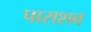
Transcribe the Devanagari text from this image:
पाराशव